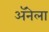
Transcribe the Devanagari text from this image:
अॅनेला